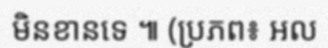
មិនខានទេ ៕ (ប្រភព៖ អល